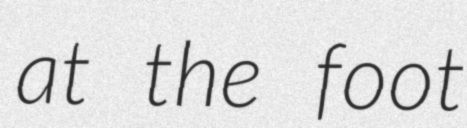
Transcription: at the foot